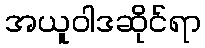
အယူဝါဒဆိုင်ရာ